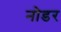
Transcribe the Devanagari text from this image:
नोडर